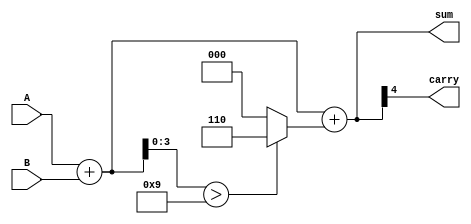
module BCD_Redundant_Binary_Adder (
    input [3:0] A,        // BCD input A
    input [3:0] B,        // BCD input B
    output reg [4:0] sum, // 5-bit output for redundant sum
    output reg carry      // Carry output for the next BCD digit
);

    wire [4:0] A_red; // A in redundant binary
    wire [4:0] B_red; // B in redundant binary
    wire [4:0] raw_sum; // Raw sum of redundant binaries
    wire [4:0] corrected_sum; // Corrected sum if necessary
    wire correction; // Flag for correction

    // Extend to 5 bits for redundant binary representation
    assign A_red = {1'b0, A}; // A as redundant binary
    assign B_red = {1'b0, B}; // B as redundant binary

    // Raw summation
    assign raw_sum = A_red + B_red;

    // Check if correction is needed (if sum exceeds BCD 9)
    assign correction = raw_sum[3:0] > 4'b1001; // Exceeds 9

    // Apply correction if necessary
    assign corrected_sum = raw_sum + (correction ? 5'b00110 : 5'b00000); // Add 6 (0110) if correction needed

    // Final sum is the corrected sum
    always @(*) begin
        sum = corrected_sum; // 5-bit output
        carry = corrected_sum[4]; // Carry output (5th bit)
    end

endmodule